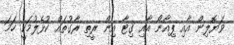
ވަޔޮލިން އާއި ޕިއާނޯ އާއި ގިޓާ އިން ރީތި ރާގުތައް ކުޅެލުމަކީ ހަމަ